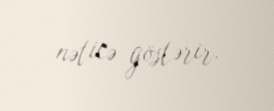
nəticə göstərir.